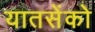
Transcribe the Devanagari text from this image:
यातसेंको